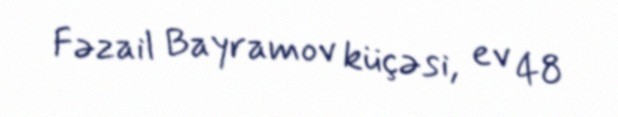
Fəzail Bayramov küçəsi, ev 48